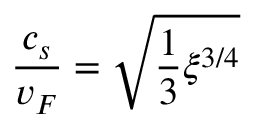
\frac { c _ { s } } { v _ { F } } = \sqrt { { \frac { 1 } { 3 } } \xi ^ { 3 / 4 } }